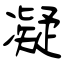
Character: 凝